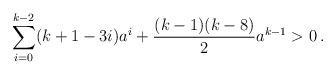
LaTeX: \begin{align*}\sum_{i=0}^{k-2}(k+1-3i)a^{i}+\frac{(k-1)(k-8)}{2}a^{k-1} > 0\,.\end{align*}